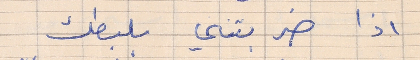
اذا ضربتني بلبطك